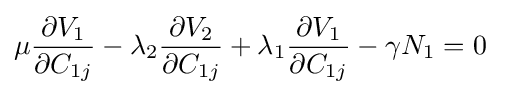
\mu {\frac {\partial V_{1}}{\partial C_{1j}}}-\lambda _{2}{\frac {\partial V_{2}}{\partial C_{1j}}}+\lambda _{1}{\frac {\partial V_{1}}{\partial C_{1j}}}-\gamma N_{1}=0\;